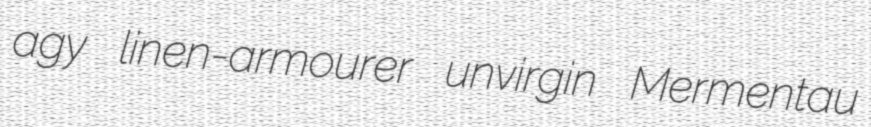
agy linen-armourer unvirgin Mermentau